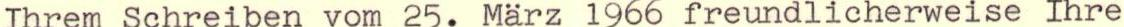
Ihrem Schreiben vom 25. März 1966 freundlicherweise Ihre